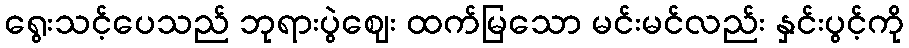
ရွေးသင့်ပေသည် ဘုရားပွဲဈေး ထက်မြသော မင်းမင်လည်း နှင်းပွင့်ကို